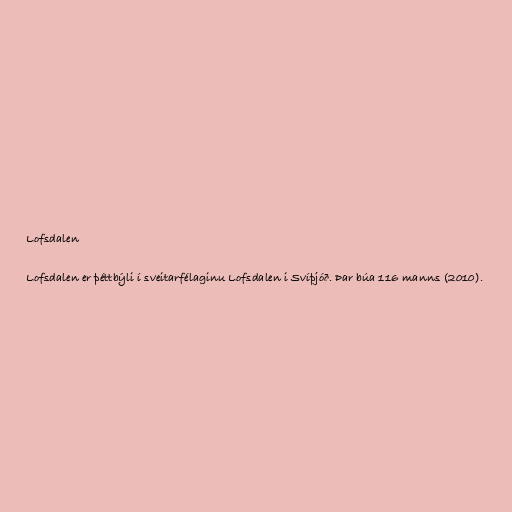
Lofsdalen

Lofsdalen er þéttbýli í sveitarfélaginu Lofsdalen i Svíþjóð. Þar búa 116 manns (2010).